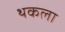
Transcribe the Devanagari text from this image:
थकला